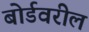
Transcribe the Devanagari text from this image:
बोर्डवरील